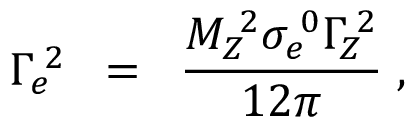
\Gamma _ { e } \! ^ { 2 } \; \; = \; \; \frac { M _ { Z } \! ^ { 2 } \sigma _ { e } \! ^ { 0 } { \Gamma \! _ { Z } } \! ^ { 2 } } { 1 2 \pi } \; ,